Code of medical and sanitary regulations for the guidance of medical officers serving in the Madras Presidency - Volume I
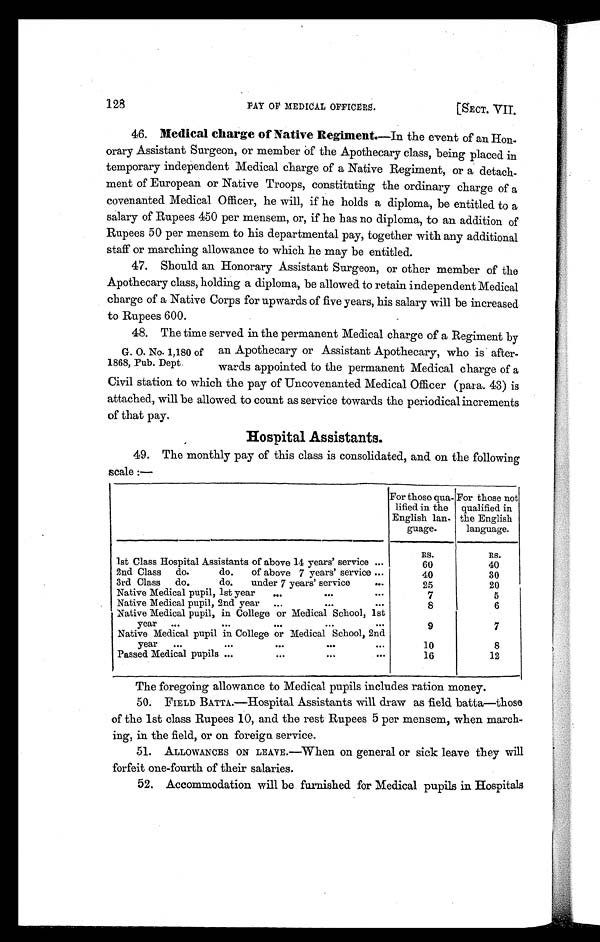
128
PAY OF MEDICAL OFFICERS.
[SECT. VII,
46. Medical charge of Native Regiment. — I n
t h e e v e n t o f a n H o n -
orary Assistant Surgeon, or member of the Apothecary class, being placed in
temporary independent Medical charge of a Native Regiment, or a detach-
ment of European or Native Troops, constituting the ordinary charge of a
covenanted Medical Officer, he will, if he holds a diploma, be entitled to a
salary of Rupees 450 per mensem, or, if he has no diploma, to an addition of
Rupees 50 per mensem to his departmental pay, together with any additional
staff or marching allowance to which he may be entitled.
47. Should an Honorary Assistant Surgeon, or other member of the
Apothecary class, holding a diploma, be allowed to retain independent Medical
charge of a Native Corps for upwards of five years, his salary will be increased
to Rupees 600.
48. The time served in the permanent Medical charge of a Regiment by
an Apothecary or Assistant Apothecary, who is after-
wards appointed to the permanent Medical charge of a
Civil station to which the pay of Uncovenanted Medical Officer (para. 43) is
attached, will be allowed to count as service towards the periodical increments
of that pay.
Hospital Assistants.
49. The monthly pay of this class is consolidated, and on the following
scale :—
For those qua-
lified in the
English lan-
guage.
For those not
qualified in
the English
language.
Rs.
Rs.
1st Class Hospital Assistants of above 14 years' service ...
60
40
2nd Class do. do. of above 7 years' service ...
40
30
3rd Class do. do. under 7 years' service
...
25
20
Native Medical pupil, 1st year ...
...
...
7
5
Native Medical pupil, 2nd year ...
...
...
8
6
Native Medical pupil, in College or Medical School, 1st
year ...
...
...
...
...
9
7
Native Medical pupil in College or Medical School, 2nd
year ...
...
...
...
...
10
8
Passed Medical pupils ...
...
...
...
16
12
The foregoing allowance to Medical pupils includes ration money.
50. FIELD BATTA.—Hospital Assistants will draw as field batta—those
of the 1st class Rupees 10, and the rest Rupees 5 per mensem, when march-
ing, in the field, or on foreign service.
51. ALLOWANCES ON LEAVE.—When on general or sick leave they will
forfeit one-fourth of their salaries.
52. Accommodation will be furnished for Medical pupils in Hospitals
G. O. No. 1,180 of
1868, Pub. Dept.